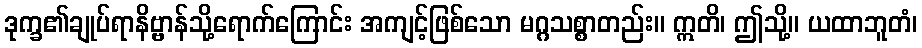
ဒုက္ခ၏ချုပ်ရာနိဗ္ဗာန်သို့ရောက်ကြောင်း အကျင့်ဖြစ်သော မဂ္ဂသစ္စာတည်း။ ဣတိ၊ ဤသို့။ ယထာဘူတံ၊